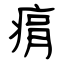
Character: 㾓